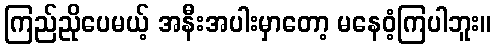
ကြည်ညိုပေမယ့် အနီးအပါးမှာတော့ မနေဝံ့ကြပါဘူး။